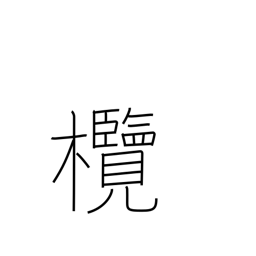
Meaning: Chinese olive tree